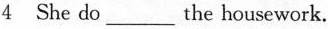
4 She do___the housework.